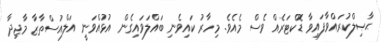
ޙާޞިލްކުރައްވާފައިވާ ޑޮކްޓަރެއް ވެސް މެއެވެ. މިހާރު ކައިވެނި ބައްލަވައިގެން އުޅުއްވަނީ އަލްއުސްތާޒާ މާޖިދާ